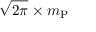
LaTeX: { \sqrt { 2 \pi } } \times m _ { \mathrm { P } }